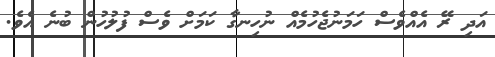
އަދި ރޭ އެއްވެސް ހަމަނުޖެހުމެއް ނުހިނގާ ކަމަށް ވެސް ފުލުހުން ބުނެ އެވެ.